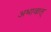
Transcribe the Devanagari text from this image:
अभावात्